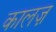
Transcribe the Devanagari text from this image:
कालज़